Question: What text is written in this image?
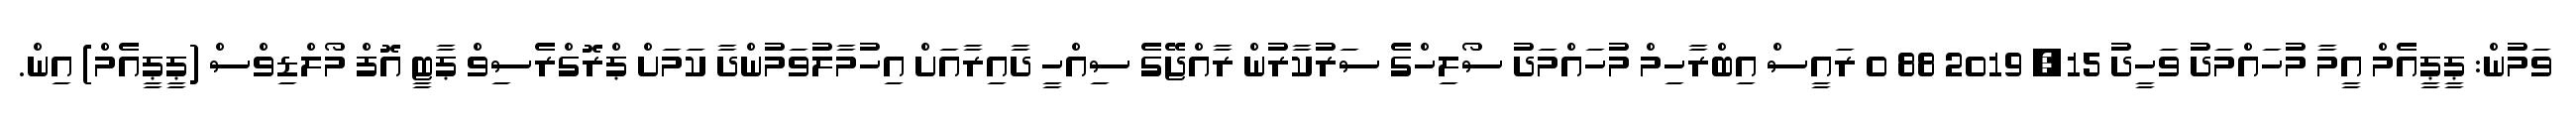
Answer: ވަމުން: ޕީޕީއެމް އީމާ މުހައްމަދު ވަހީދު 15, 2019 88 0 ރައީސް އިބްރާހިމް މުހައްމަދު ސޯލިހްގެ ސަރުކާރުން ރާއްޖޭގެ ސިއްހީ ދާއިރާއަށް އިހުމާލުވަމުންދާ ކަމަށް ޕްރޮގްރެސިވް ޕާޓީ އޮފް މޯލްޑިވްސް (ޕީޕީއެމް) އިން.